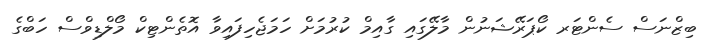
ބިޒްނަސް ސެންޓަރ ކޯޕަރޭޝަނުން މާލޭގައި ގާއިމް ކުރުމަށް ހަމަޖެހިފައިވާ އޮތެންޓިކް މޯލްޑިވްސް ހަބްގެ